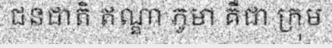
ជនជាតិ ឥណ្ឌា ភូមា គឺជា ក្រុម